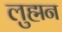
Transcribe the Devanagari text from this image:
लुह्मन